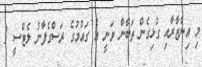
މި އިންޒާރާއި ގުޅިގެން ތަބާން ވަނީ އެ ގައުމުގެ ރަސްގެފާނު ލެޓްސީ 3